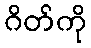
ဂိတ်ကို